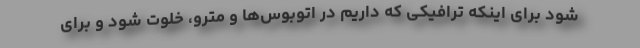
شود برای اینکه ترافیکی که داریم در اتوبو‌س‌ها و مترو، خلوت شود و برای